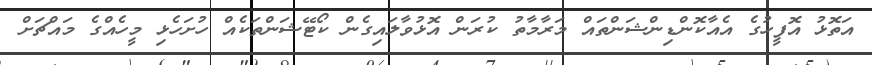
އަތޮޅު އޮފީހުގެ އެއާކޮންޑިންޝަންތައް މަރާމާތު ކުރަން އޮޅުވާލައިގެން ކޯޓޭޝަންތަކެއް ހުށަހެޅި މީހެއްގެ މައްޗަށް